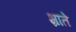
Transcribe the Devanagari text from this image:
भ्राते